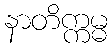
နာတိက္ကမ္မ